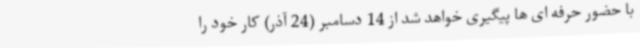
با حضور حرفه ای ها پیگیری خواهد شد از 14 دسامبر (24 آذر) کار خود را